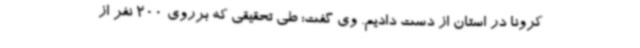
کرونا در استان از دست دادیم. وی گفت: طی تحقیقی که برروی 200 نفر از